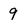
Character: 9